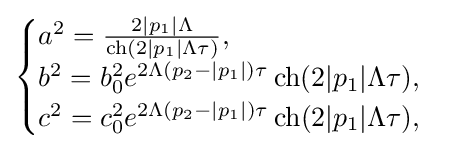
{\begin{cases}a^{2}={\frac {2|p_{1}|\Lambda }{\operatorname {ch} (2|p_{1}|\Lambda \tau )}},\\b^{2}=b_{0}^{2}e^{2\Lambda (p_{2}-|p_{1}|)\tau }\operatorname {ch} (2|p_{1}|\Lambda \tau ),\\c^{2}=c_{0}^{2}e^{2\Lambda (p_{2}-|p_{1}|)\tau }\operatorname {ch} (2|p_{1}|\Lambda \tau ),\end{cases}}